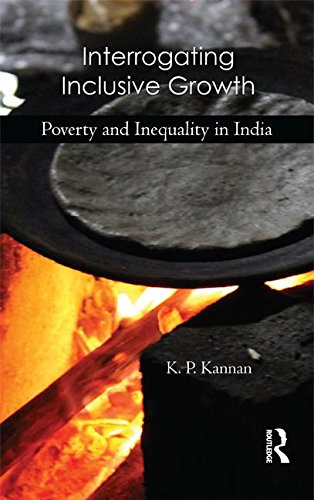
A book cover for Interrogating Inclusive Growth: Poverty and Inequality in India; K. P. Kannan; Business & Money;